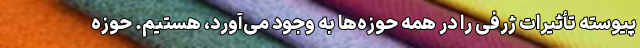
پیوسته تأثیرات ژرفی را در همه حوزه‌ها به وجود می‌آورد، هستیم. حوزه